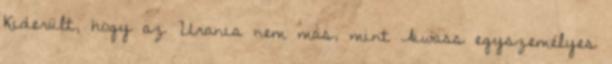
Kiderült, hogy az Urania nem más, mint Aiwass egyszemélyes